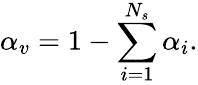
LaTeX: \alpha_{v}=1-\sum_{i=1}^{N_{s}}\alpha_{i}.